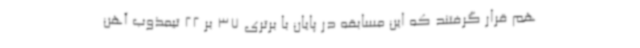
هم قرار گرفتند که این مسابقه در پایان با برتری 37 بر 22 تیمذوب آهن